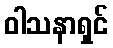
ဝါသနာရှင်